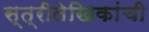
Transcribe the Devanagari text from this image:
स्त्रीलेखिकांची